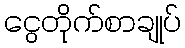
ငွေတိုက်စာချုပ်